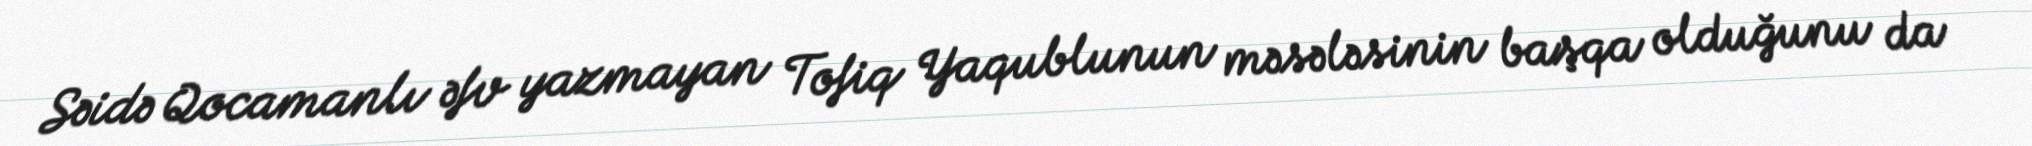
Səidə Qocamanlı əfv yazmayan Tofiq Yaqublunun məsələsinin başqa olduğunu da